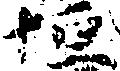
恒